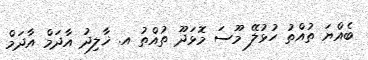
ބެއްޔަ ތުއްތު ހުޅުލޭ މޫސަ މޮޅަދޫ ތުއްތު އ. ޚާލިދު އާދަމް އާދަމް